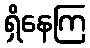
ရှိနေကြ